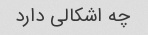
چه اشکالی دارد